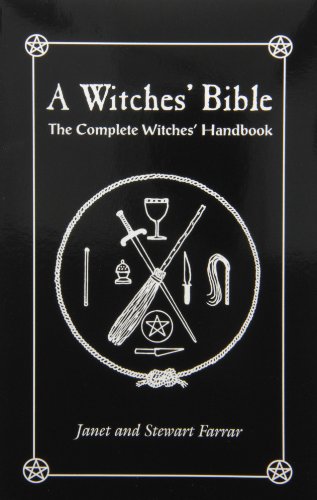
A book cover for A Witches' Bible: The Complete Witches' Handbook; Stewart Farrar; Religion & Spirituality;